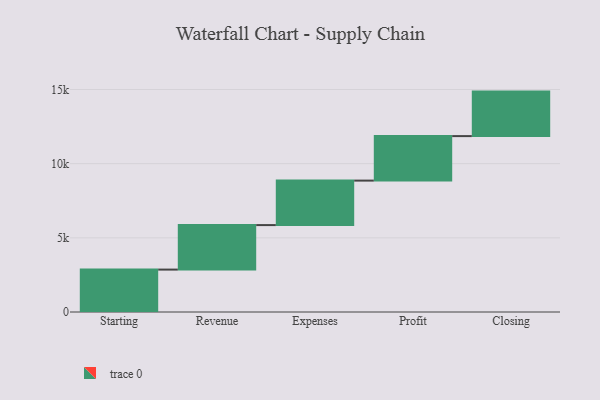
{"axis": {"x": "Step", "y": "Value"}, "legend": [""], "data": [{"x": "Starting", "y": 2859.0, "type": ""}, {"x": "Revenue", "y": 3000, "type": ""}, {"x": "Expenses", "y": 3000, "type": ""}, {"x": "Profit", "y": 3000, "type": ""}, {"x": "Closing", "y": 3000, "type": ""}]}